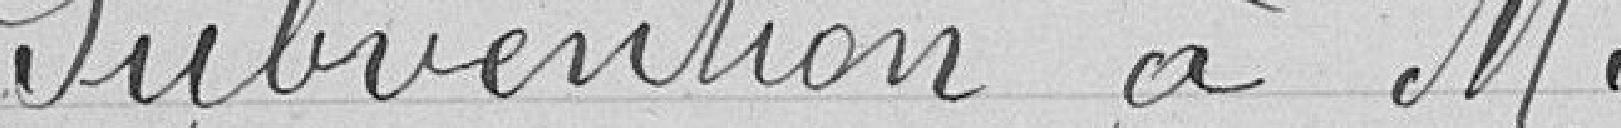
Subvention à Monsieur